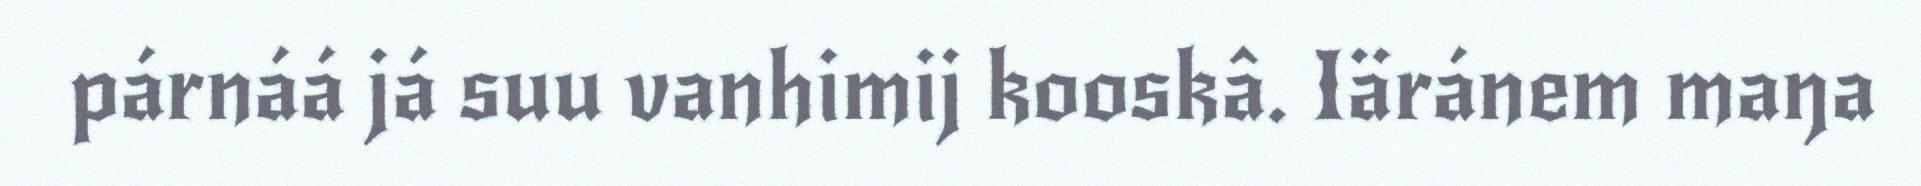
párnáá já suu vanhimij kooskâ. Iäránem maŋa